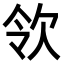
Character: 𣢝